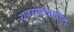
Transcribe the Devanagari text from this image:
रातराणीमधील